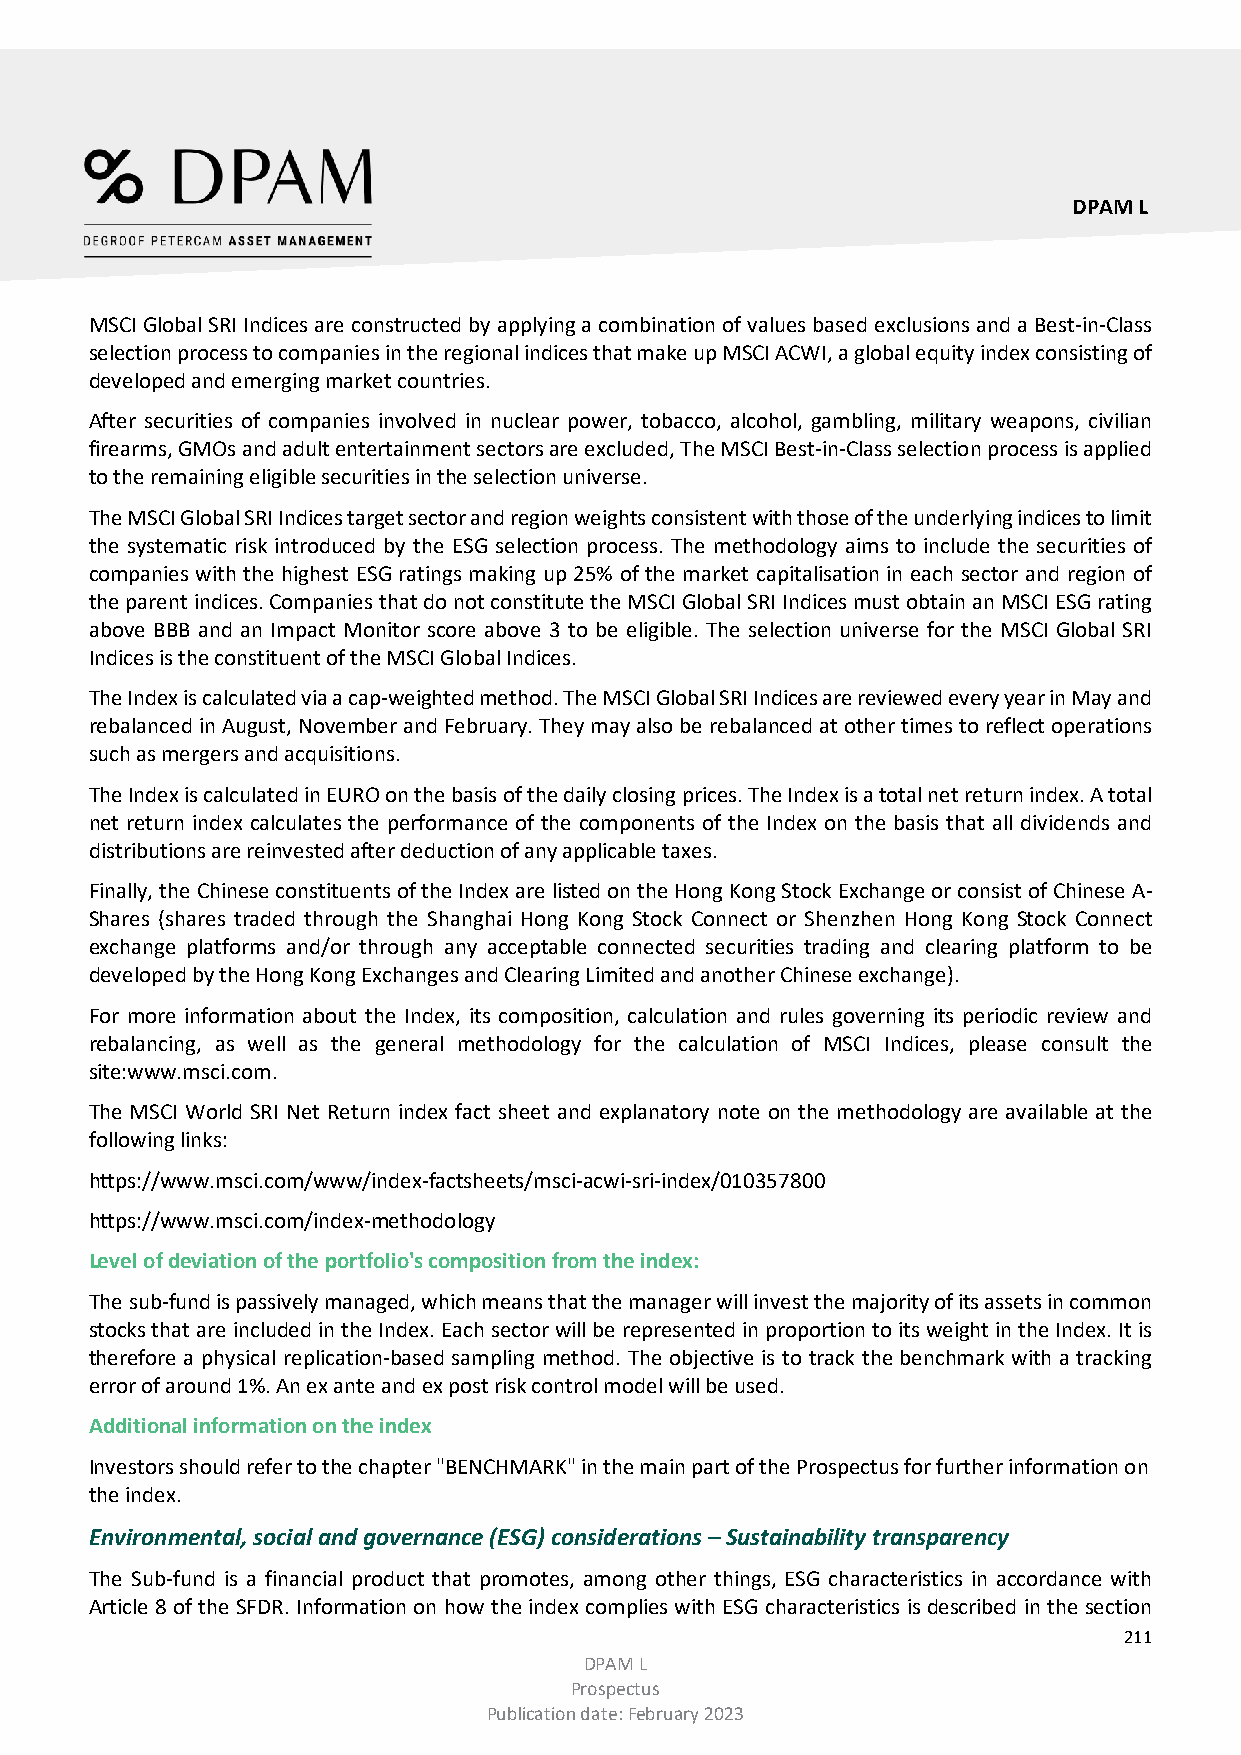
DPAM L
 MSCI Global SRI Indices are constructed by applying a combination of values based exclusions and a Best-in-Class
 selection process to companies in the regional indices that make up MSCI ACWI, a global equity index consisting of
 developed and emerging market countries.
 After securities of companies involved in nuclear power, tobacco, alcohol, gambling, military weapons, civilian
 firearms, GMOs and adult entertainment sectors are excluded, The MSCI Best-in-Class selection process is applied
 to the remaining eligible securities in the selection universe.
 The MSCI Global SRI Indices target sector and region weights consistent with those of the underlying indices to limit
 the systematic risk introduced by the ESG selection process. The methodology aims to include the securities of
 companies with the highest ESG ratings making up 25% of the market capitalisation in each sector and region of
 the parent indices. Companies that do not constitute the MSCI Global SRI Indices must obtain an MSCI ESG rating
 above BBB and an Impact Monitor score above 3 to be eligible. The selection universe for the MSCI Global SRI
 Indices is the constituent of the MSCI Global Indices.
 The Index is calculated via a cap-weighted method. The MSCI Global SRI Indices are reviewed every year in May and
 rebalanced in August, November and February. They may also be rebalanced at other times to reflect operations
 such as mergers and acquisitions.
 The Index is calculated in EURO on the basis of the daily closing prices. The Index is a total net return index. A total
 net return index calculates the performance of the components of the Index on the basis that all dividends and
 distributions are reinvested after deduction of any applicable taxes.
 Finally, the Chinese constituents of the Index are listed on the Hong Kong Stock Exchange or consist of Chinese A-
 Shares (shares traded through the Shanghai Hong Kong Stock Connect or Shenzhen Hong Kong Stock Connect
 exchange platforms and/or through any acceptable connected securities trading and clearing platform to be
 developed by the Hong Kong Exchanges and Clearing Limited and another Chinese exchange).
 For more information about the Index, its composition, calculation and rules governing its periodic review and
 rebalancing, as well as the general methodology for the calculation of MSCI Indices, please consult the
 site:www.msci.com.
 The MSCI World SRI Net Return index fact sheet and explanatory note on the methodology are available at the
 following links:
 https://www.msci.com/www/index-factsheets/msci-acwi-sri-index/010357800
 https://www.msci.com/index-methodology
 Level of deviation of the portfolio's composition from the index:
 The sub-fund is passively managed, which means that the manager will invest the majority of its assets in common
 stocks that are included in the Index. Each sector will be represented in proportion to its weight in the Index. It is
 therefore a physical replication-based sampling method. The objective is to track the benchmark with a tracking
 error of around 1%. An ex ante and ex post risk control model will be used.
 Additional information on the index
 Investors should refer to the chapter "BENCHMARK" in the main part of the Prospectus for further information on
 the index.
 Environmental, social and governance (ESG) considerations – Sustainability transparency
 The Sub-fund is a financial product that promotes, among other things, ESG characteristics in accordance with
 Article 8 of the SFDR. Information on how the index complies with ESG characteristics is described in the section
 211
 DPAM L
 Prospectus
 Publication date: February 2023